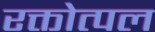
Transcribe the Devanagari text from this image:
रक्तोत्पल